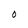
Character: O